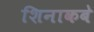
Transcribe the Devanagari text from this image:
शिनाकबे